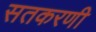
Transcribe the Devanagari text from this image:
सतकरणी